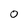
Character: 0